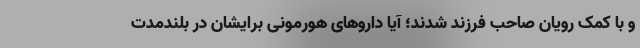
و با کمک رویان صاحب فرزند شدند؛ آیا داروهای هورمونی برایشان در بلندمدت